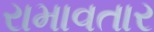
રામાવતાર